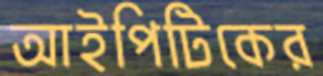
আইপিটিকের